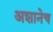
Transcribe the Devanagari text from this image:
अशानेच